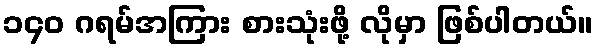
၁၄၀ ဂရမ်အကြား စားသုံးဖို့ လိုမှာ ဖြစ်ပါတယ်။